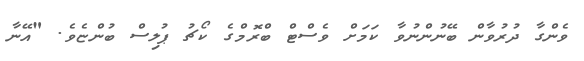
ވެންގާ ދުރުވާން ބޭނުންނުވާ ކަމަށް ވެސްޓް ބްރޮމްގެ ކޯޗު ޕުލިސް ބުންޏެވެ. "އޭނާ